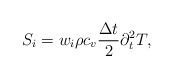
\begin{align*}S_i={{w}_i} \rho c_v\frac{\Delta t}{2} \partial_t^2T,\end{align*}